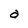
Character: a